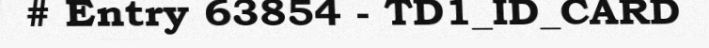
# Entry 63854 - TD1_ID_CARD